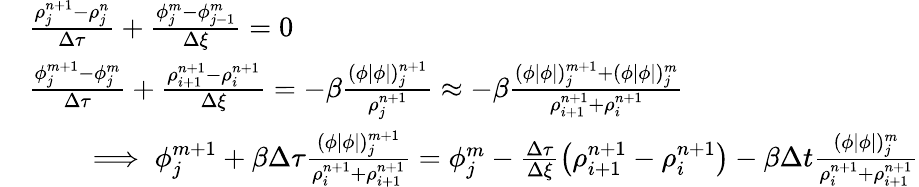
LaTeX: \begin{array}{rl}&{\frac{\rho_{j}^{n+1}-\rho_{j}^{n}}{\Delta\tau}+\frac{\phi_{j}^{m}-\phi_{j-1}^{m}}{\Delta\xi}=0}\\ &{\frac{\phi_{j}^{m+1}-\phi_{j}^{m}}{\Delta\tau}+\frac{\rho_{i+1}^{n+1}-\rho_{i}^{n+1}}{\Delta\xi}=-\beta\frac{(\phi|\phi|)_{j}^{n+1}}{\rho_{j}^{n+1}}\approx-\beta\frac{(\phi|\phi|)_{j}^{m+1}+(\phi|\phi|)_{j}^{m}}{\rho_{i+1}^{n+1}+\rho_{i}^{n+1}}}\\ &{\qquad\implies\phi_{j}^{m+1}+\beta\Delta\tau\frac{(\phi|\phi|)_{j}^{m+1}}{\rho_{i}^{n+1}+\rho_{i+1}^{n+1}}=\phi_{j}^{m}-\frac{\Delta\tau}{\Delta\xi}\left(\rho_{i+1}^{n+1}-\rho_{i}^{n+1}\right)-\beta\Delta t\frac{(\phi|\phi|)_{j}^{m}}{\rho_{i}^{n+1}+\rho_{i+1}^{n+1}}}\end{array}